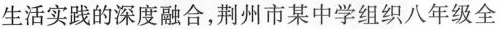
生活实践的深度融合，荆州市某中学组织八年级全